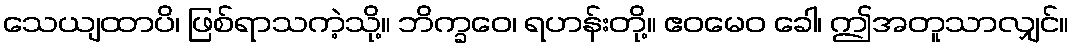
သေယျထာပိ၊ ဖြစ်ရာသကဲ့သို့။ ဘိက္ခဝေ၊ ရဟန်းတို့။ ဧဝမေဝ ခေါ၊ ဤအတူသာလျှင်။